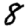
Digit: 8